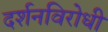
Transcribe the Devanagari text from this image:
दर्शनविरोधी